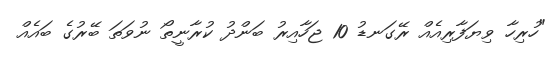
"ހުރިހާ ވިޔަފާރިއެއް ރޭގަނޑު 10 ޖަހާއިރު ބަންދު ކުރާނީތޯ ނުވަތަ ބޭރުގެ ބައެއް